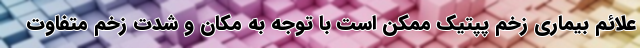
علائم بیماری زخم پپتیک ممکن است با توجه به مکان و شدت زخم متفاوت